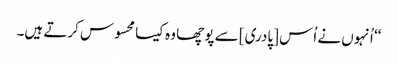
‘‘ اُنہوں نے اُس [پادری] سے پوچھا وہ کیسا محسوس کرتے ہیں۔